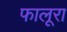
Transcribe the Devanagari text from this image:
फालूरा